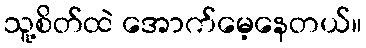
သူ့စိတ်ထဲ အောက်မေ့နေတယ်။